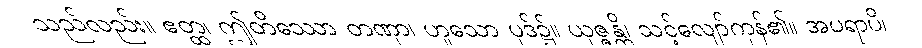
သည်လည်း။ ဧတ္ထ၊ ဤတိဿော တဏှာ၊ ဟူသော ပုဒ်၌။ ယုဇ္ဇန္တိ၊ သင့်လျော်ကုန်၏။ အပရာပိ၊